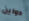
دواين